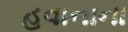
હવાનાના